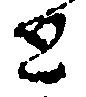
と